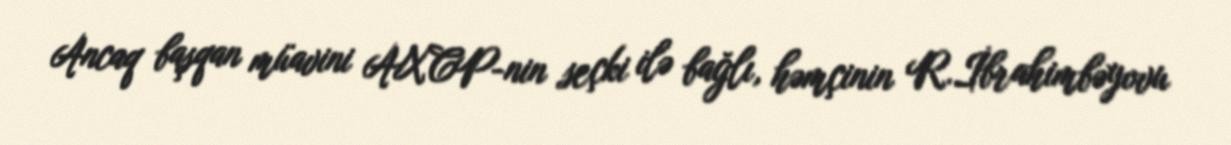
Ancaq başqan müavini AXCP-nin seçki ilə bağlı, həmçinin R.İbrahimbəyovu